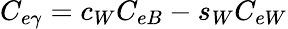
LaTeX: C_{e\gamma}=c_{W}C_{eB}-s_{W}C_{eW}